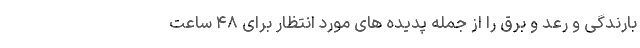
بارندگی و رعد و برق را از جمله پدیده های مورد انتظار برای ۴۸ ساعت